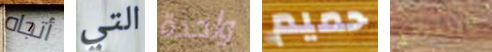
أتجاه التي واحدة حميم وينتظر